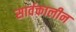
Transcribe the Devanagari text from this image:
सार्वकालीन